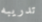
تدريبه